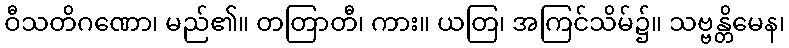
ဝီသတိဂဏော၊ မည်၏။ တတြာတီ၊ ကား။ ယတြ၊ အကြင်သိမ်၌။ သဗ္ဗန္တိမေန၊